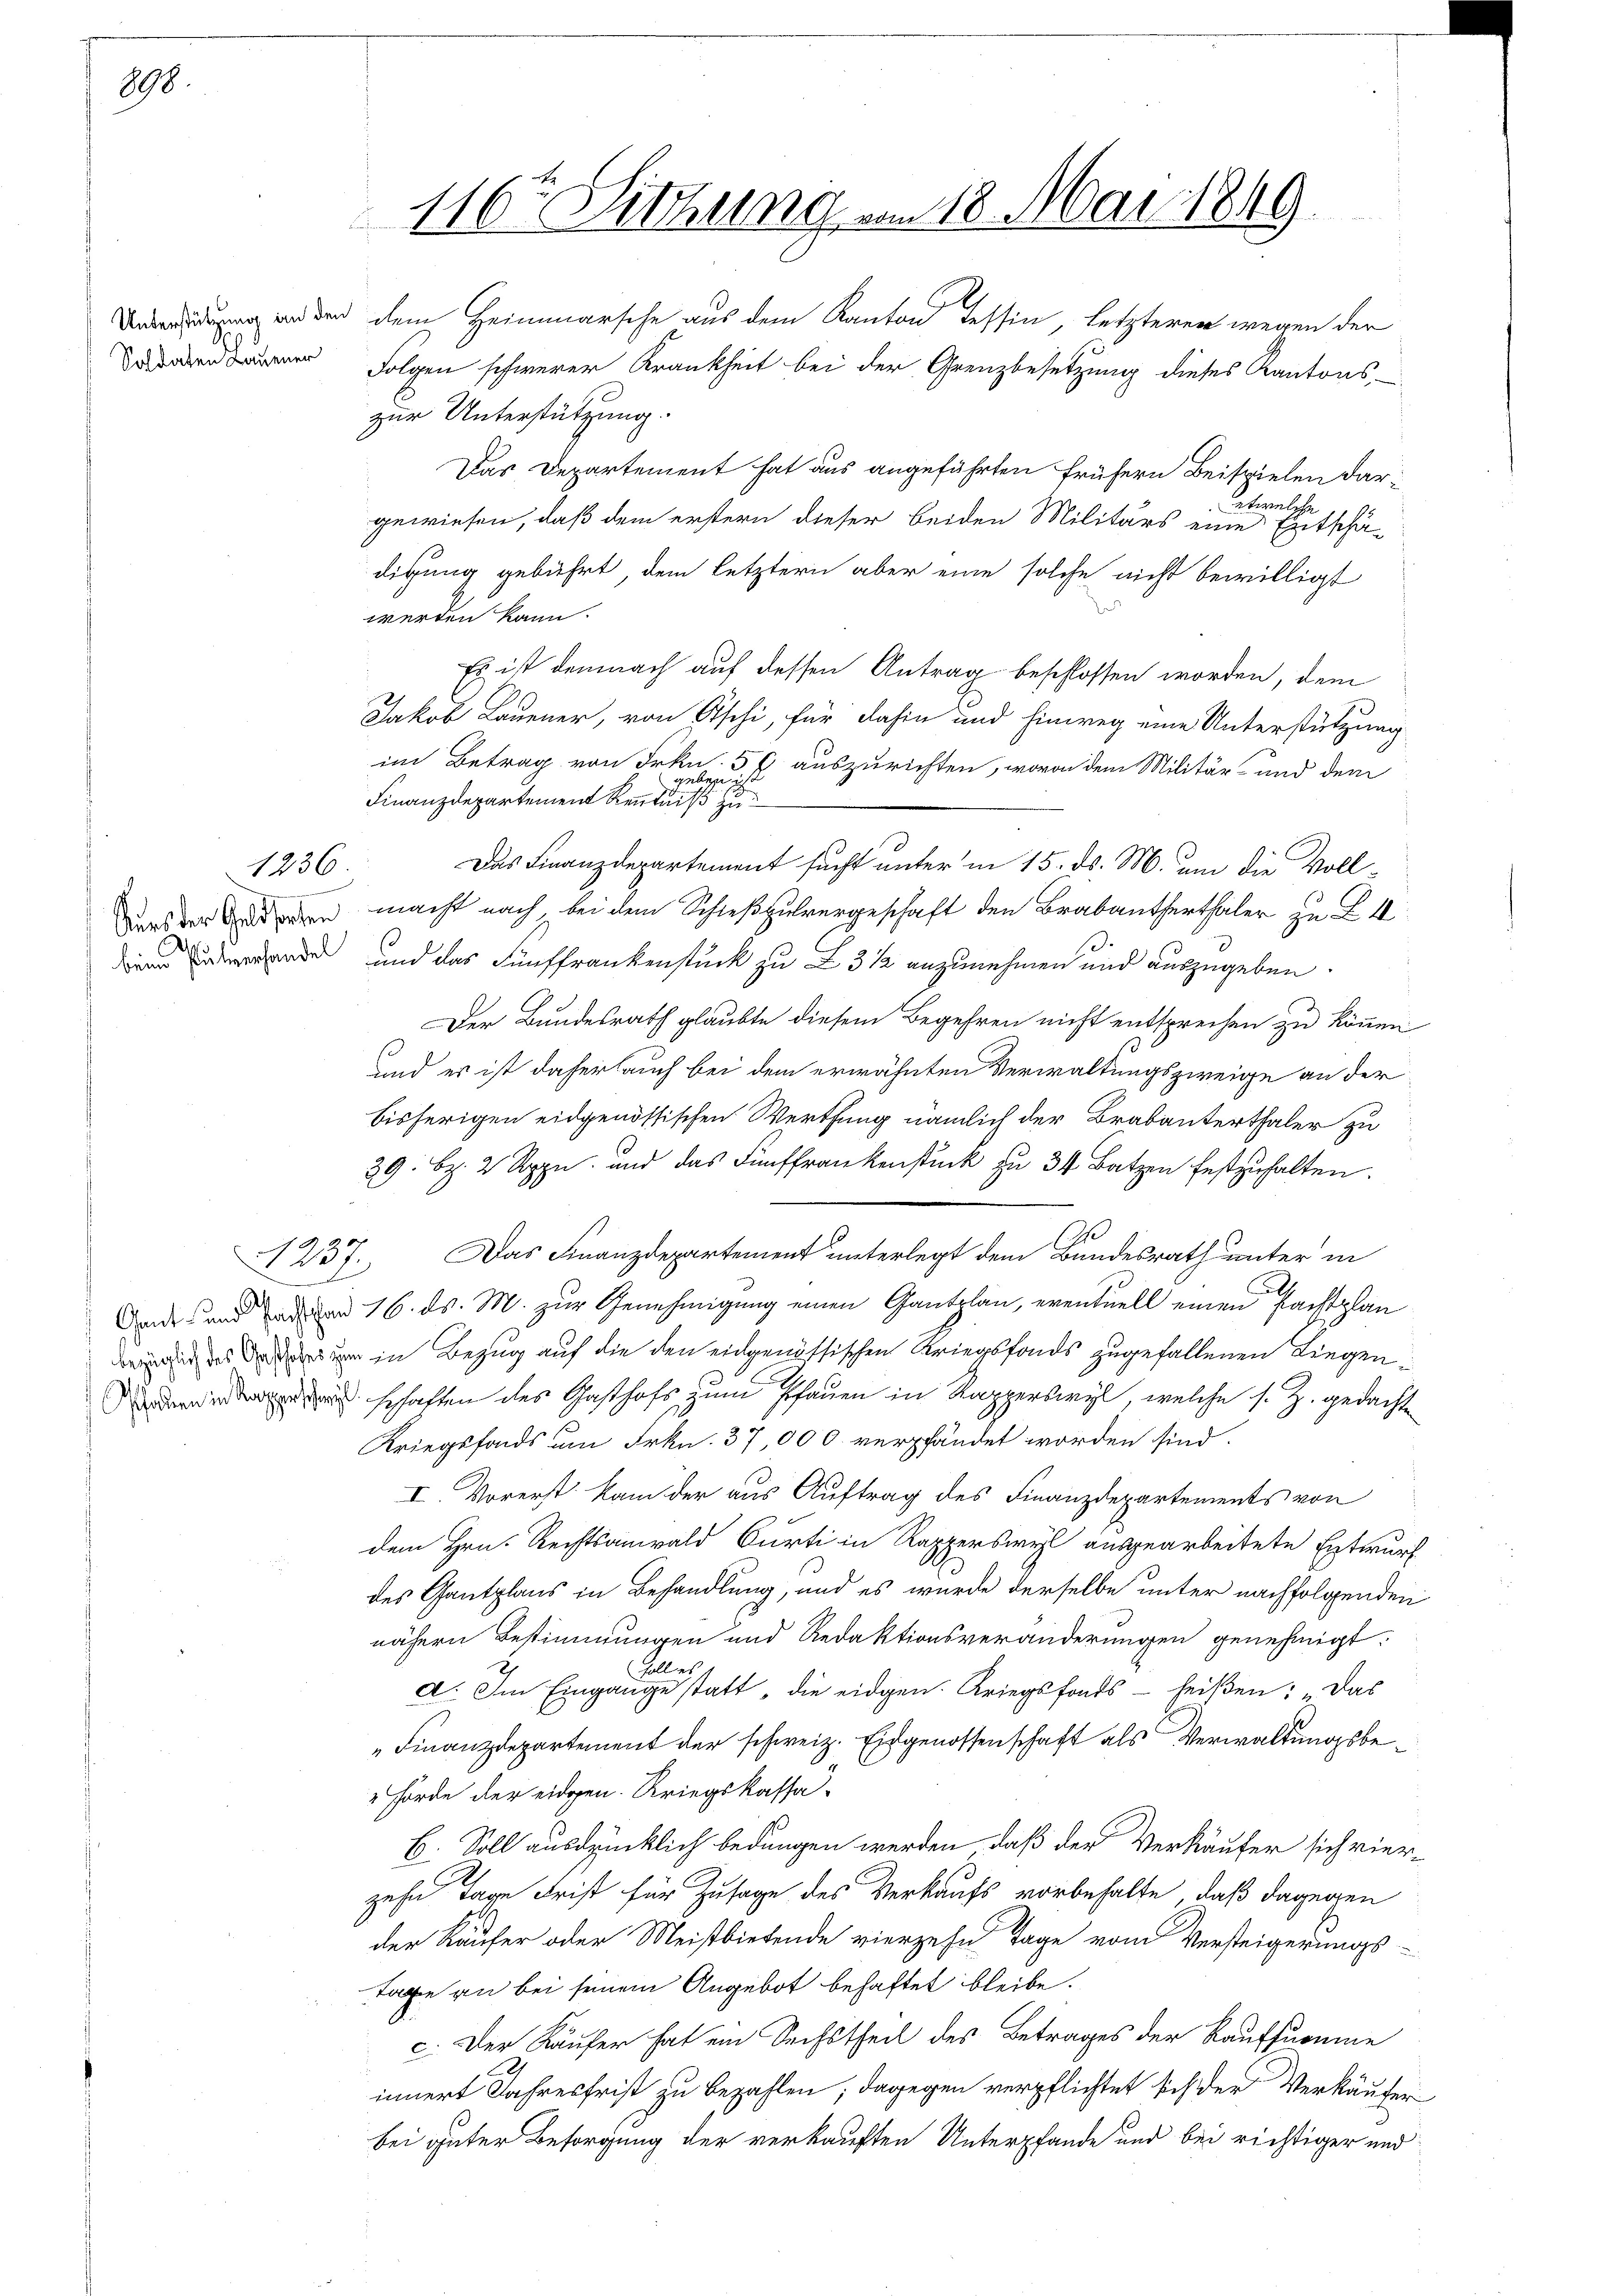
898.

1236.

Kurs der Geldsorten
beim Pulverhandel

19 x
231.

s

116ten Sitzung am 18. Mai 1849.

den dem Heimarsche aus dem Kanton Tessin, letzteren wegen der
 Folgen schwerer Krankheit bei der Grenzbesetzung dieses Kantons-
zur Unterstützung.
Das Departement hat aus angeführten frühern Beispielen daretwelche
gewiesen, daß dem erstern dieser beiden Militärs eine Entschä-
digung gebührt, dem letztern aber eine solche nicht bewilligt
werden kann.
Es ist demnach auf dessen Antrag beschlossen worden, dem
Jakob Launer, von Oschi, für dahin und hinweg eine Unterstützung
im Betrag von Frkn. 5 f auszurichten, wovon dem Militär- und dem
Finanzdepartement der einer
Das Finanzdepartement sucht unter in 15. ds. M. um die Vollmacht nach, bei dem Schießpulvergeschaft den Brabanterthaler zu L 1
und das Fünffrankenstück zu = 3 1/2 anzunehmen und auszugeben.
Der Bundesrath glaubte diesem Begehren nicht entsprechen zu können
und es ist daher auch bei dem erwähnten Verwaltungszweige an der
bisherigen eidgenössischen Werthung nämlich der Brabanterthaler zu
39: Bz. 2 Rppn. und das Fünffrankenstück zu 34 Batzen festzuhalten.
3
Das Finanzdepartement unterlegt dem Bundesrath unter in
2
Aende und an den 16. ds. M. zur Genehmigung einen Gantplan, eventuell einen Pachtplan
 des in Bezug auf die den eidgenössischen Kriegsfonds zugefallenen Liegen¬
 schaften des Gasthofs zum Pfauen in Rapperswyl, welche s. Z. gedachte
Kriegsfonds um Frkn. 37,000. verpfändet worden sind.
I. Vorerst kam der aus Auftrag des Finanzdepartements von
dem Hrn. Rechtsanwald Curti in Rapperswyl ausgearbeitete Entwurf
des Gantplaus in Behandlung, und es wurde derselbe unter nachfolgenden
nähern Bestimmungen und Redaktionsveränderungen genehmigt:
soll es
A. Im Eingange statt „die eidgen. Kriegsfonds - heißen: Das
Finanzdepartement der schweiz. Eidgenossenschaft als Verwaltungsbe¬
Hörde der eidgen. Kriegskassa-
E. Soll ausdrücklich bedungen werden, daß der Verkäufer sich vierzehn Tage Frist für Zusage des Verkaufs vorbehalte, daß dagegen
der Käufer oder Meistbietende vierzehn Tage vom Versteigerungs-
Tage an bei seinem Angebot behaftet bleibe.
c. Der Käufer hat ein Sechstheil des Betrages der Kaufsumme
innert Jahresfrist zu bezahlen; dagegen verpflichtet sich der Verkäufer
bei guter Besorgung der verkauften Unterpfande und bei richtiger und